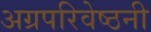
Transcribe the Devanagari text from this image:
अग्रपरिवेष्ठनी